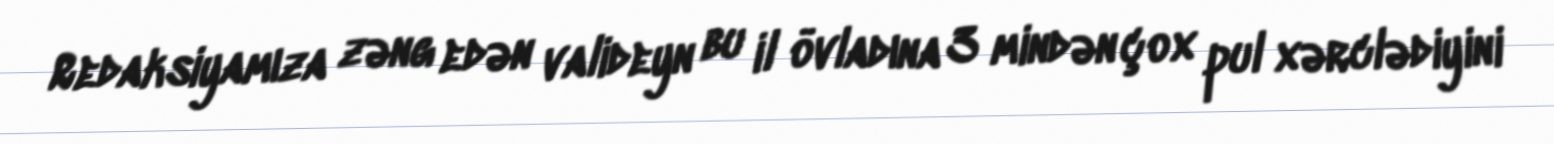
Redaksiyamıza zəng edən valideyn bu il övladına 3 mindən çox pul xərclədiyini